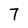
Character: 7